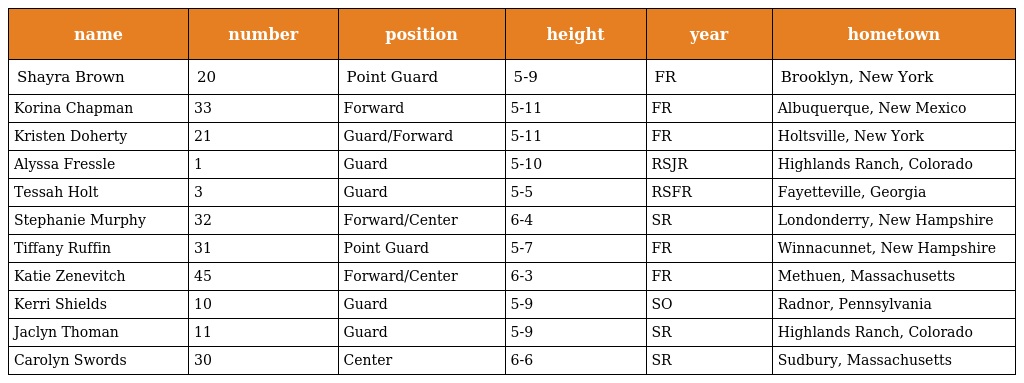
| name | number | position | height | year | hometown |
 | --- | --- | --- | --- | --- | --- |
 | Shayra Brown | 20 | Point Guard | 5-9 | FR | Brooklyn, New York |
 | Korina Chapman | 33 | Forward | 5-11 | FR | Albuquerque, New Mexico |
 | Kristen Doherty | 21 | Guard/Forward | 5-11 | FR | Holtsville, New York |
 | Alyssa Fressle | 1 | Guard | 5-10 | RSJR | Highlands Ranch, Colorado |
 | Tessah Holt | 3 | Guard | 5-5 | RSFR | Fayetteville, Georgia |
 | Stephanie Murphy | 32 | Forward/Center | 6-4 | SR | Londonderry, New Hampshire |
 | Tiffany Ruffin | 31 | Point Guard | 5-7 | FR | Winnacunnet, New Hampshire |
 | Katie Zenevitch | 45 | Forward/Center | 6-3 | FR | Methuen, Massachusetts |
 | Kerri Shields | 10 | Guard | 5-9 | SO | Radnor, Pennsylvania |
 | Jaclyn Thoman | 11 | Guard | 5-9 | SR | Highlands Ranch, Colorado |
 | Carolyn Swords | 30 | Center | 6-6 | SR | Sudbury, Massachusetts |